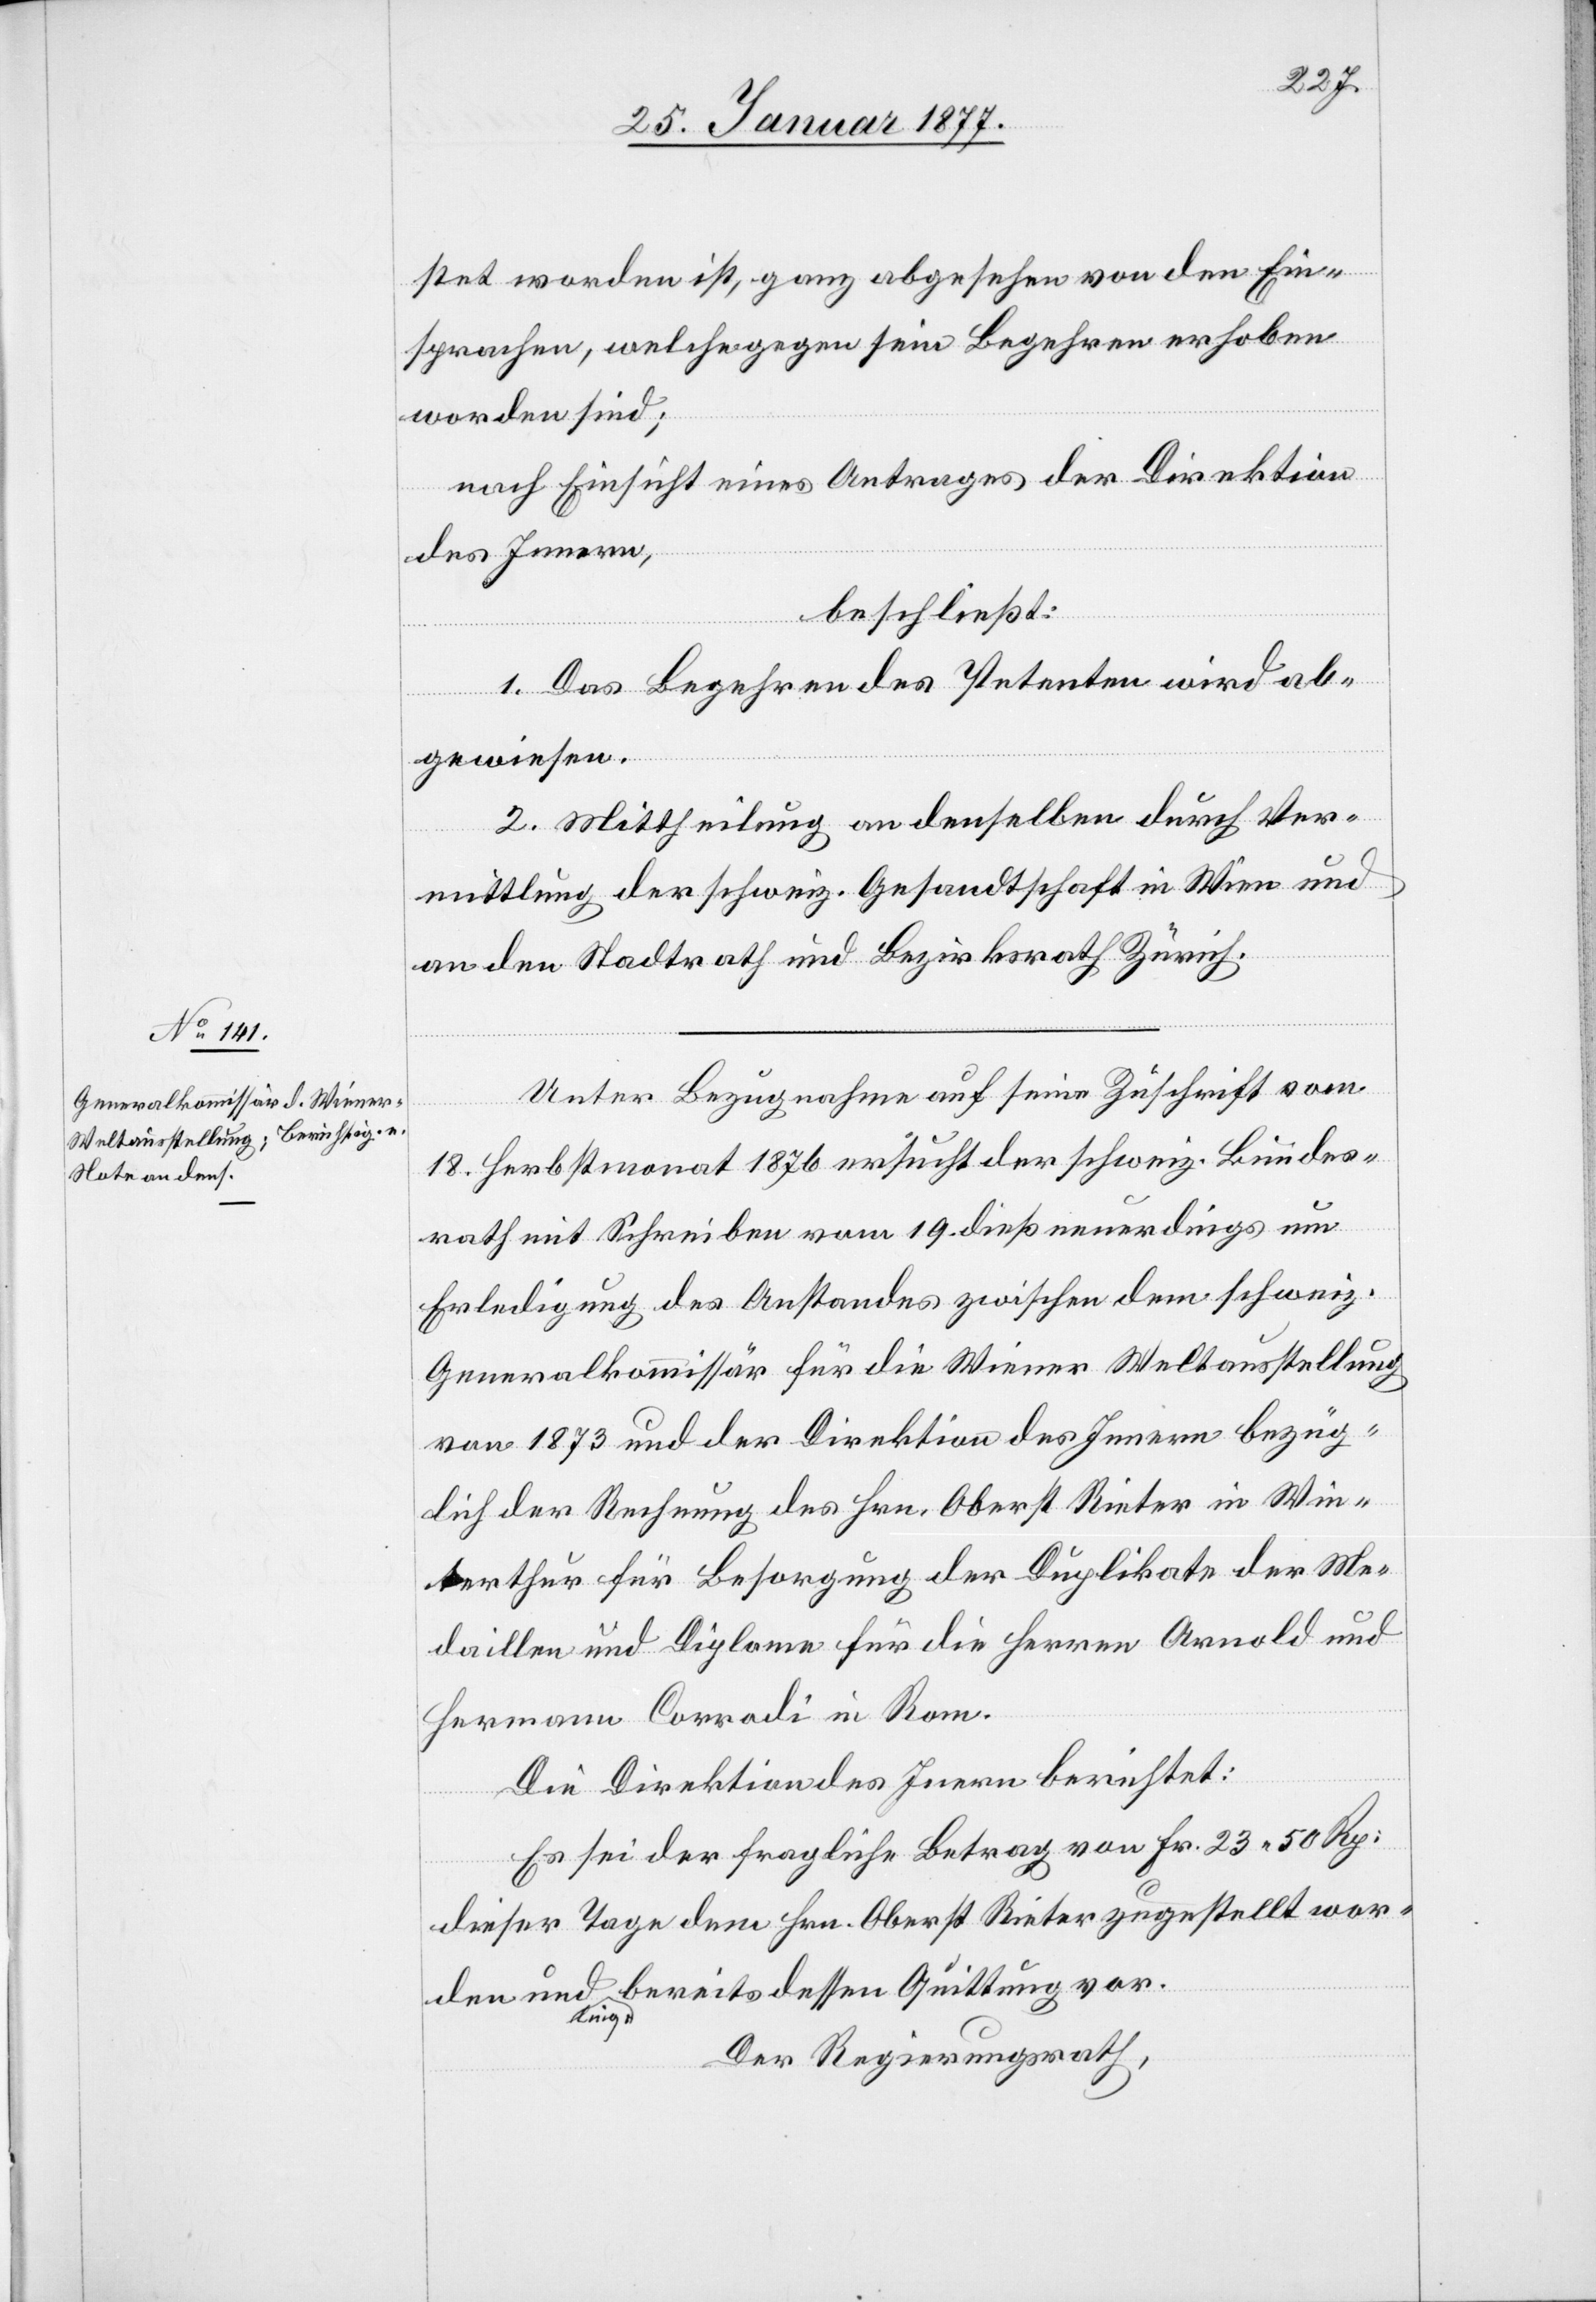
stet worden ist, ganz abgesehen von den Ein¬
sprachen, welche gegen sein Begehren erhoben
worden sind;
nach Einsicht eines Antrages der Direktion
des Innern,
beschließt:
1. Das Begehren des Petenten wird ab¬
gewiesen.
2. Mittheilung an denselben durch Ver¬
mittlung der schweiz. Gesandtschaft in Wien und
an den Stadtrath und Bezirksrath Zürich.
Unter Bezugnahme auf seine Zuschrift vom
18. Herbstmonat 1876 ersucht der schweiz. Bundes¬
rath mit Schreiben vom 19. dieß neuerdings um
Erledigung des Anstandes zwischen dem schweiz.
Generalkommissär für die Wiener Weltausstellung
von 1873 und der Direktion des Innern bezüg¬
lich der Rechnung des Hrn. Oberst Reiter in Win¬
terthur für Besorgung der Duplikate der Me¬
daillen und Diplome für die Herren Arnold und
Hermann Corradi in Rom.
Die Direktion des Innern berichtet:
Es sei der fragliche Betrag von Fr. 23 50 Rp.
dieser Tage dem Hrn. Oberst Reiter zugestellt wor¬
den und liege bereits dessen Quittung vor.
Der Regierungsrath,